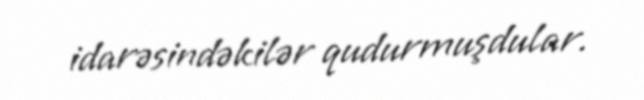
idarəsindəkilər qudurmuşdular.